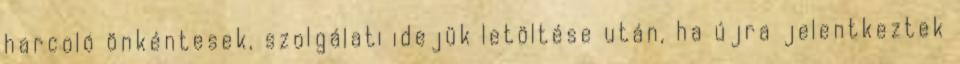
harcoló önkéntesek, szolgálati idejük letöltése után, ha újra jelentkeztek